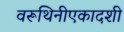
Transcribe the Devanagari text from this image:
वरूथिनीएकादशी